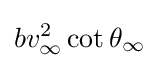
bv_{\infty }^{2}\cot \theta _{\infty }